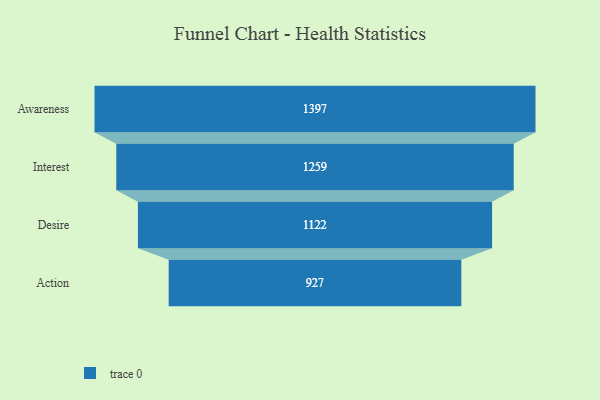
{"axis": {"x": "Stage", "y": "Value"}, "legend": [""], "data": [{"x": "Awareness", "y": 1397.0, "type": ""}, {"x": "Interest", "y": 1259.0, "type": ""}, {"x": "Desire", "y": 1122.0, "type": ""}, {"x": "Action", "y": 927.0, "type": ""}]}